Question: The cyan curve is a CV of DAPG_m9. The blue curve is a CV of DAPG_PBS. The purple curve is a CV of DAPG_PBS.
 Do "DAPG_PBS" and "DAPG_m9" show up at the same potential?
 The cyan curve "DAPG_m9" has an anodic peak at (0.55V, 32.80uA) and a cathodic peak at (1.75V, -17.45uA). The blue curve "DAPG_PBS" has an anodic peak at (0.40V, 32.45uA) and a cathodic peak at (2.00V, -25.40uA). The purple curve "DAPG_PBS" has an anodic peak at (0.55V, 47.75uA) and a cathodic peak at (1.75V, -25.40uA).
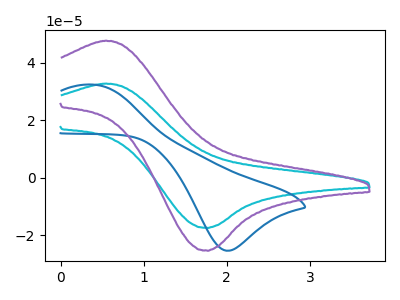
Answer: <think>All the peaks in "DAPG_PBS" have a peak in "DAPG_m9" at the same potential. Every peak in "DAPG_PBS" is higher than every peak in "DAPG_m9".
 </think>
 <answer>"DAPG_PBS" and "DAPG_m9" are similar in shape.</answer>
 <eval>same_shape</eval>